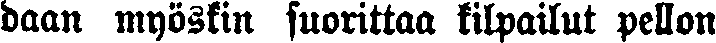
baan myöskin suorittaa kilpailut pellon